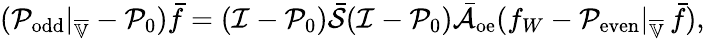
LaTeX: (\mathcal{P}_{\mathrm{odd}}|_{\overline{{\mathbb{V}}}}-\mathcal{P}_{0})\bar{f}=(\mathcal{I}-\mathcal{P}_{0})\bar{\mathcal{S}}(\mathcal{I}-\mathcal{P}_{0})\bar{\mathcal{A}}_{\mathrm{oe}}(f_{W}-\mathcal{P}_{\mathrm{even}}|_{\overline{{\mathbb{V}}}}\, \bar{f}),